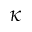
\kappa